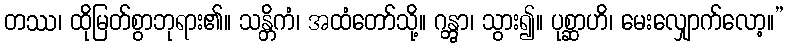
တဿ၊ ထိုမြတ်စွာဘုရား၏။ သန္တိကံ၊ အထံတော်သို့။ ဂန္တွာ၊ သွား၍။ ပုစ္ဆာဟိ၊ မေးလျှောက်လော့။”